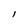
Character: l